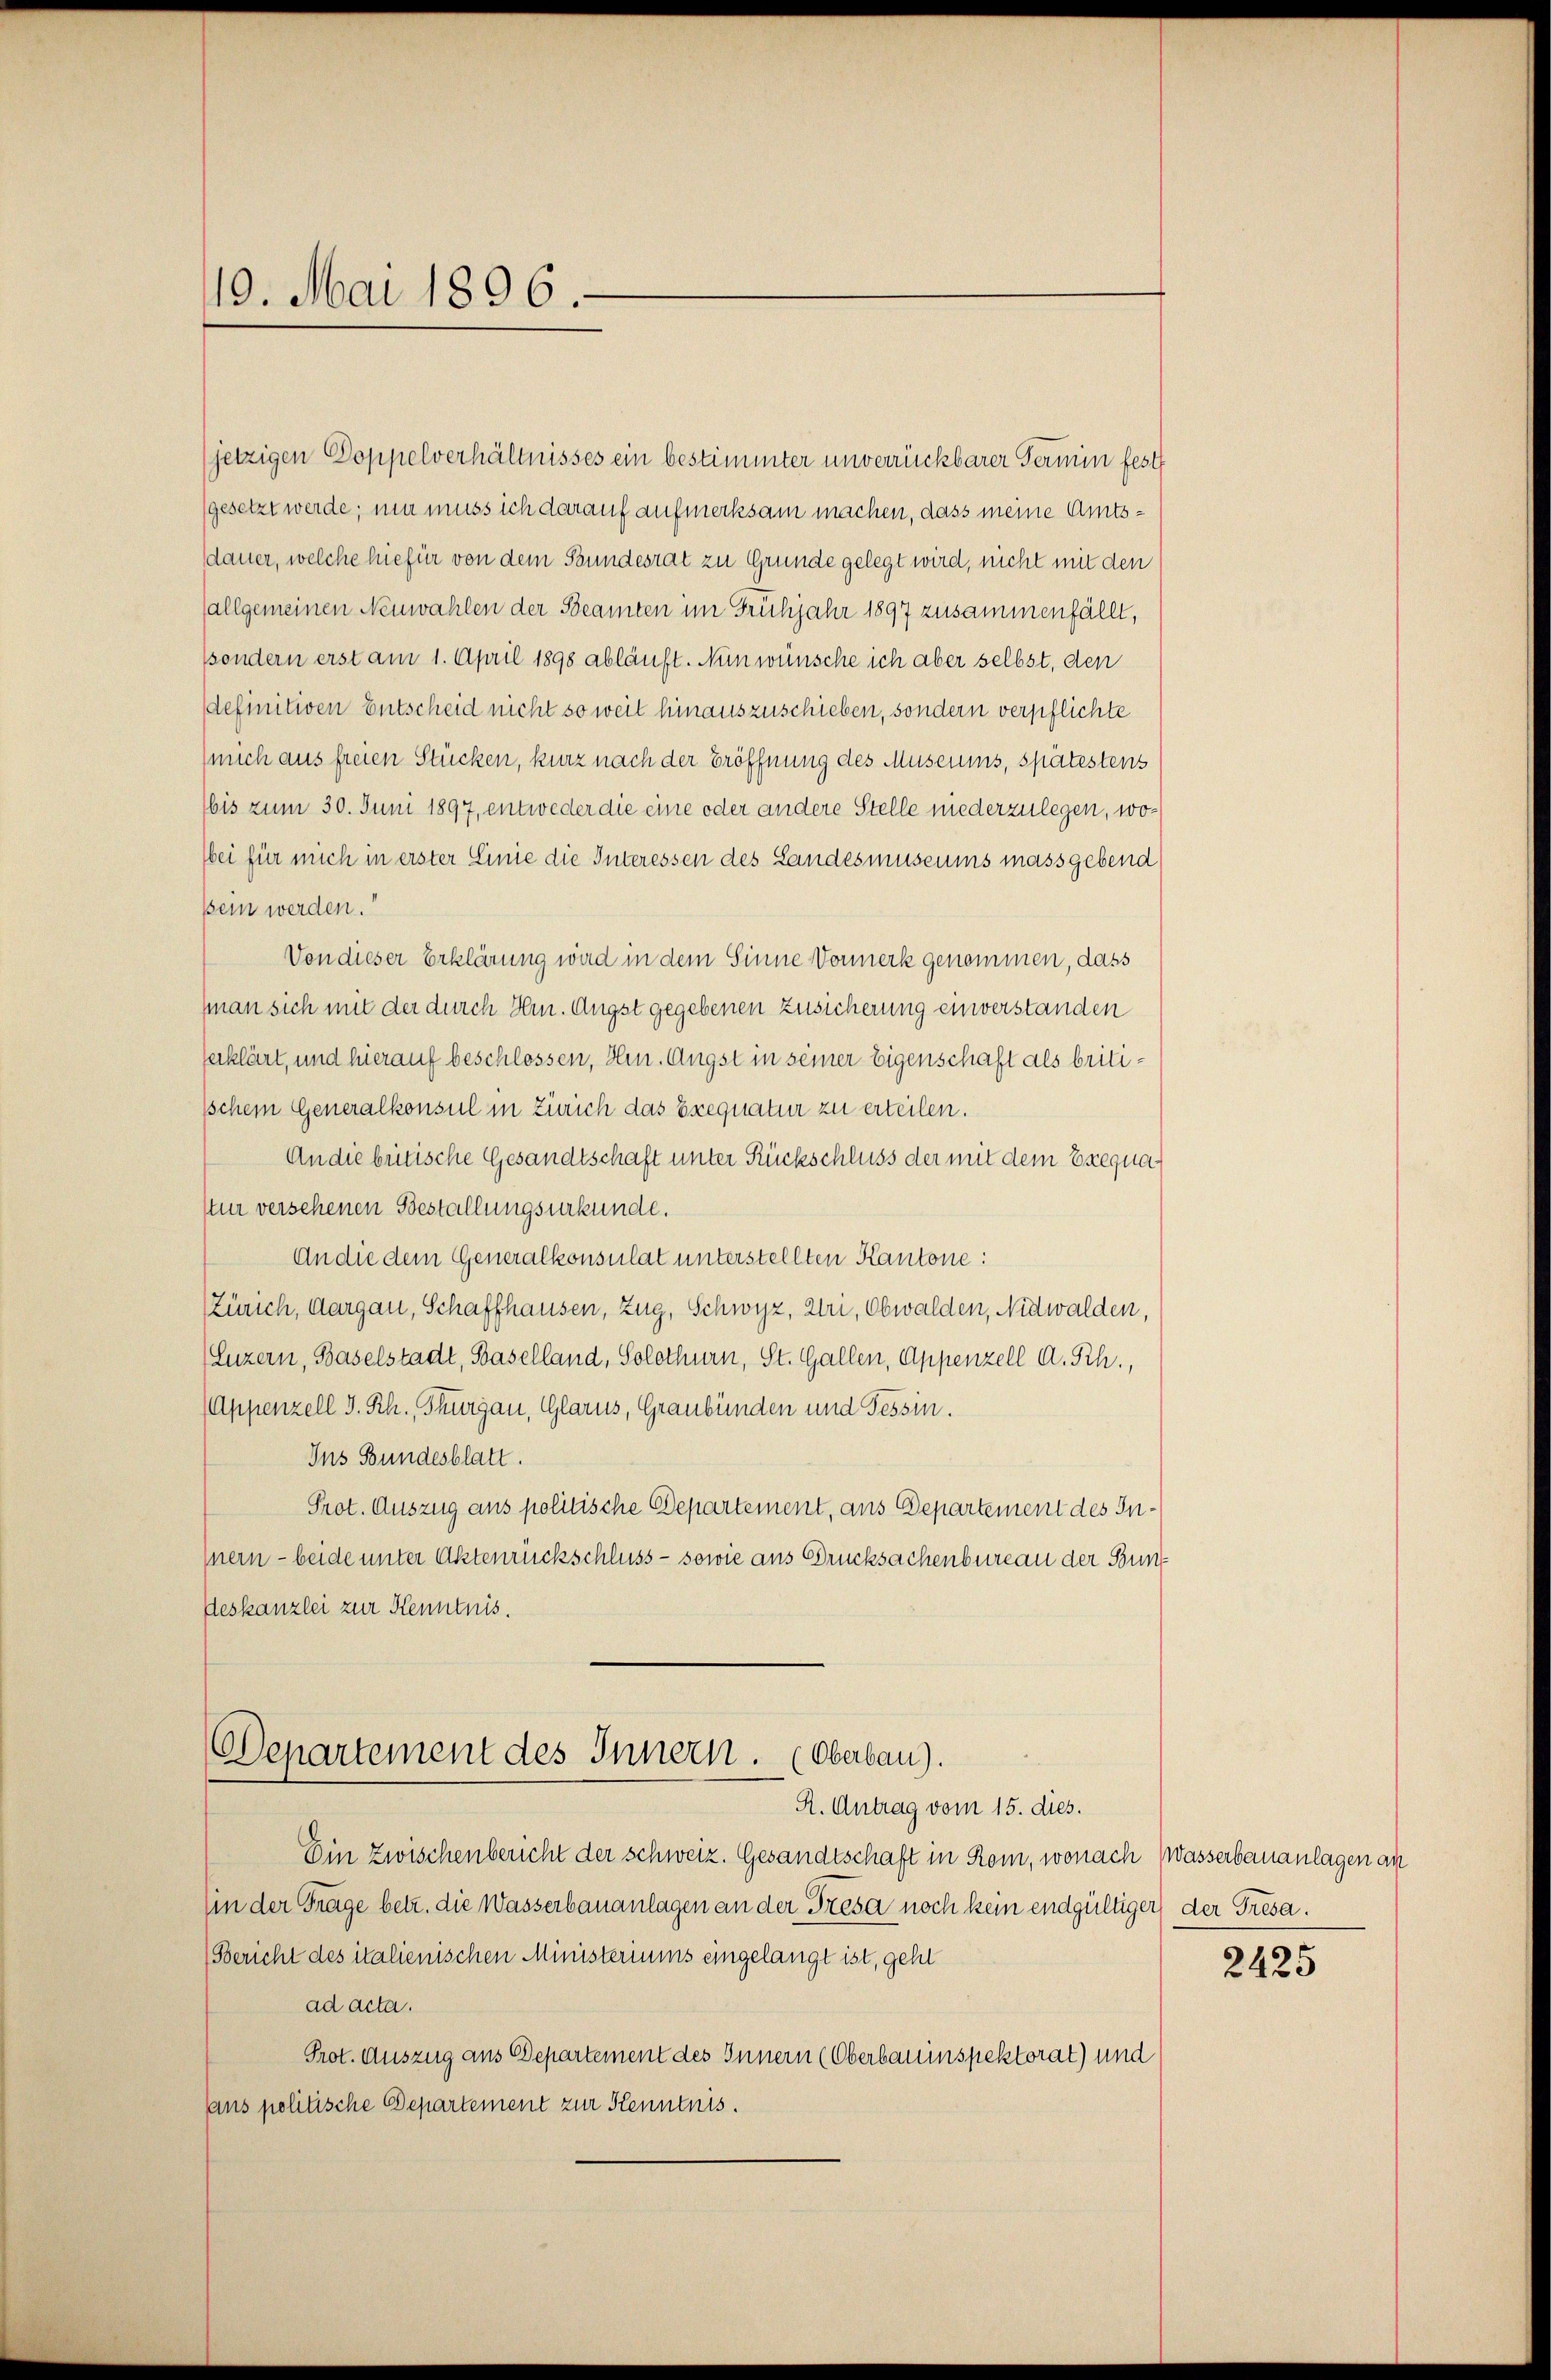
10. Mai 1896.

jetzigen Doppelverhältnisses ein bestimmter unverrückbarer Termin fest
(gesetzt werde; mir muss ich darauf aufmerksam machen, dass meine Amtsdauer, welche hiefür von dem Bundesrat zu Grunde gelegt wird, nicht mit den
allgemeinen Neuwahlen der Beamten im Frühjahr 1897 zusammenfällt,
sondern erst am 1. April 1898 abläuft. Nun wünsche ich aber selbst, den
definitiven Entscheid nicht so weit hinauszuschieben, sondern verpflichte
mich aus freien Stücken, kurz nach der Eröffnung des Museums, spätestens
bis zum 30. Juni 1897, entweder die eine oder andere Stelle niederzulegen, woei für mich in erster Linie die Interessen des Landesmuseums massgebend
sein werden.“
Von dieser Erklärung wird in dem Sinne Vormerk genommen, dass
man sich mit der durch Hr. Augst gegebenen Zusicherung einverstanden
serklärt, und hierauf beschlossen, Hrn. Angst in seiner Eigenschaft als briti¬
Ichem Generalkonsul in Zürich das Exequatur zu erteilen.
An die britische Gesandtschaft unter Rückschluss der mit dem Exequa¬
Nur versehenen Bestallungsurkunde.
An die dem Generalkonsulat unterstellten Kantone:
(Zürich, Aargau, Schaffhausen, Zug, Schwyz, Uri, Obwalden, Nidwalden,
(Luzern, Baselstadt, Baselland, Solothurn, St. Gallen, Appenzell A. Sch.,
Appenzell S. Rh., Thurgau, Glarus, Graubünden und Tessin.
Ins Bundesblatt.
Prot. Auszug aus politische Departement, aus Departement des Innern - beide unter Aktenrückschluss - sowie aus Drucksachenbureau der Bun¬
Deskanzlei zur Kenntnis.
Departement des Innern. (Oberbau).

R. Antrag vom 15. dies.

Ein zwischenbericht der schweiz. Gesandtschaft in Rom, wonach Wasserbauanlagen an
Ein der Frage betr. die Wasserbauanlagen an der Tresa noch kein endgültiger der Tresa¬
(Bericht des italienischen Ministeriums eingelangt ist, geht
ad acta.
Prot. Auszug aus Departement des Innern (Oberbauinspektorat) und
sans politische Departement zur Kenntnis.

2425